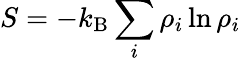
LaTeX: S=-k_{\mathrm{B}}\sum_{i}\rho_{i}\ln\rho_{i}